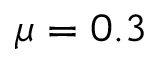
\mu = 0 . 3